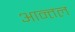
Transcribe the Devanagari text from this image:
आन्तल